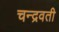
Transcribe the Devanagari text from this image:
चन्द्रवती